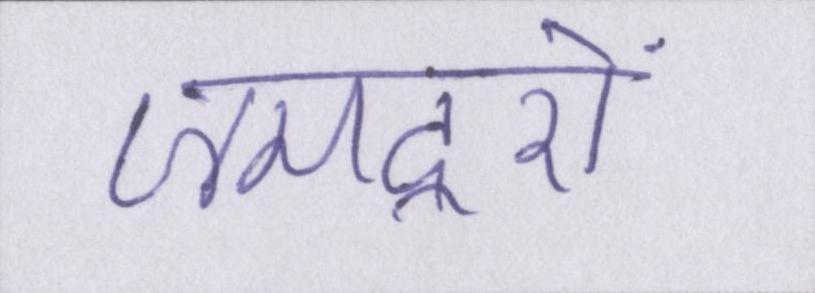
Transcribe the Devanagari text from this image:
जमदूरों